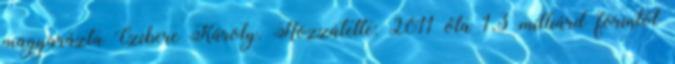
magyarázta Czibere Károly. Hozzátette: 2011 óta 1,3 milliárd forintot